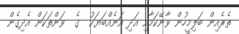
ތެރެއިން ބަލިމީހުން ވާނޭކަމާއި އަދި އަނެއްބަޔަކު  ގެ  ވަންތަކަން އެދިގެން